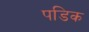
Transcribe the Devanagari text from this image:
पडिक